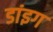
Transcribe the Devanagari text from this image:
डांइग